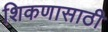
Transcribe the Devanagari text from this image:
शिकणासाठी